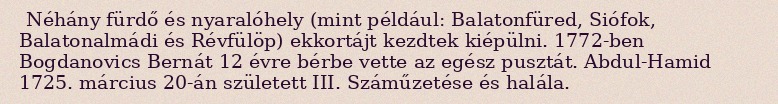
Néhány fürdő és nyaralóhely (mint például: Balatonfüred, Siófok, Balatonalmádi és Révfülöp) ekkortájt kezdtek kiépülni. 1772-ben Bogdanovics Bernát 12 évre bérbe vette az egész pusztát. Abdul-Hamid 1725. március 20-án született III. Száműzetése és halála.